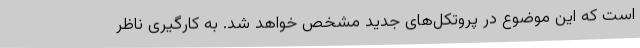
است که این موضوع در پروتکل‌های جدید مشخص خواهد شد. به کارگیری ناظر